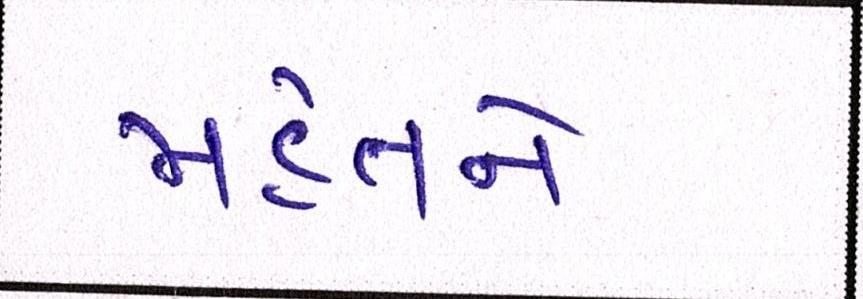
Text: મહંતને